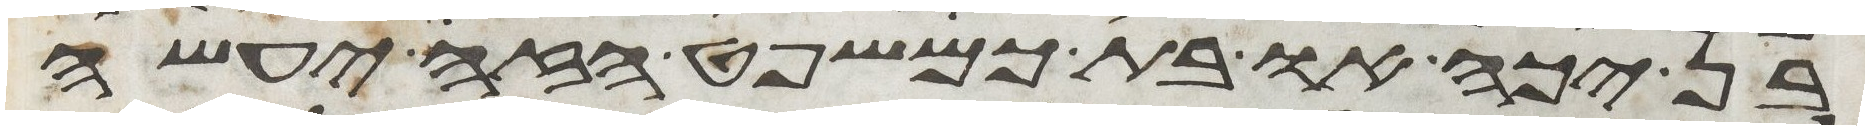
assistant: בן יכה או בת כמשפט הזה יעשה